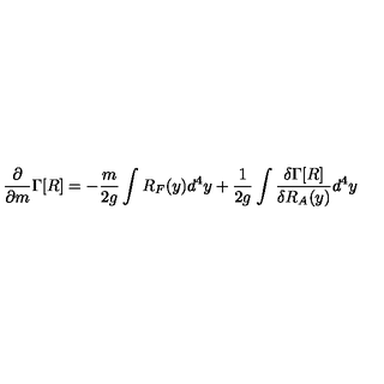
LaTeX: \frac { \partial } { { \partial } m } \Gamma [ R ] = - \frac { m } { 2 g } \int R _ { F } ( y ) d ^ { 4 } y + \frac { 1 } { 2 g } \int \frac { \delta \Gamma [ R ] } { \delta R _ { A } ( y ) } d ^ { 4 } y